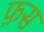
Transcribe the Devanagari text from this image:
फ़स